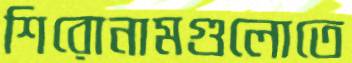
শিরোনামগুলোতে